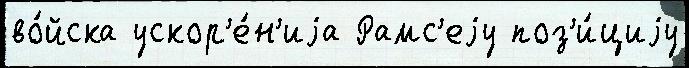
во́йска ускор'е́н'иjа Рамс'еjу поз'и́циjу